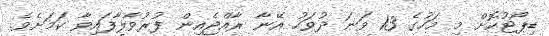
ޑިޕޯޓުކޮށް މި މަހުގެ 13 ވަނަ ދުވަހު އޭނާ ރާއްޖެއިން ފުރުވާލާފައިވާ ކަމަށެވެ.